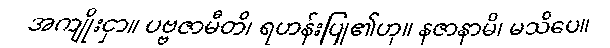
အကျိုးငှာ။ ပဗ္ဗဇာမီတိ၊ ရဟန်းပြု၏ဟု။ နဇာနာမိ၊ မသိပေ။